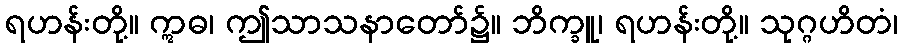
ရဟန်းတို့။ ဣဓ၊ ဤသာသနာတော်၌။ ဘိက္ခူ၊ ရဟန်းတို့။ သုဂ္ဂဟိတံ၊